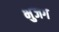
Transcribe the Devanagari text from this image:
भुजग